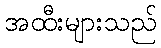
အထီးများသည်